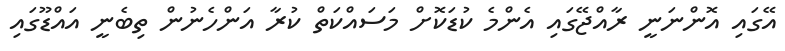
އޭގައި އޮންނަނީ ރާއްޖޭގައި އެންމެ ކުޑަކޮށް މަސައްކަތް ކުރާ އަންހެނުން ތިބެނީ އައްޑޫގައި